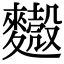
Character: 𪍥